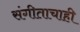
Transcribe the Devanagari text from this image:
संगीताचाही